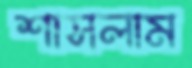
শাসলাম